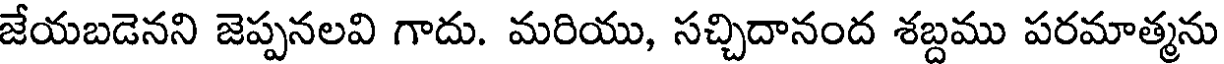
జేయబడెనని జెప్పనలవి గాదు. మరియు, సచ్చిదానంద శబ్దము పరమాత్మను